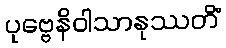
ပုဗ္ဗေနိဝါသာနုဿတိံ